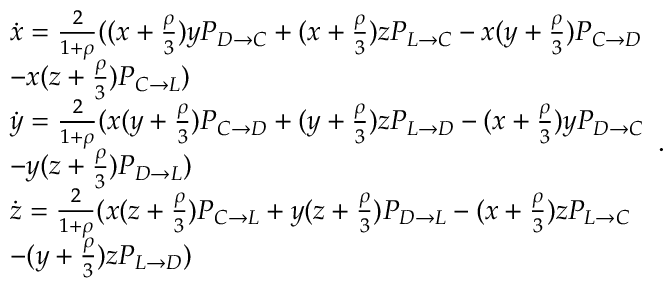
\begin{array} { l } { \dot { x } = \frac { 2 } { 1 + \rho } ( ( x + \frac { \rho } { 3 } ) y P _ { D \to C } + ( x + \frac { \rho } { 3 } ) z P _ { L \to C } - x ( y + \frac { \rho } { 3 } ) P _ { C \to D } } \\ { - x ( z + \frac { \rho } { 3 } ) P _ { C \to L } ) } \\ { \dot { y } = \frac { 2 } { 1 + \rho } ( x ( y + \frac { \rho } { 3 } ) P _ { C \to D } + ( y + \frac { \rho } { 3 } ) z P _ { L \to D } - ( x + \frac { \rho } { 3 } ) y P _ { D \to C } } \\ { - y ( z + \frac { \rho } { 3 } ) P _ { D \to L } ) } \\ { \dot { z } = \frac { 2 } { 1 + \rho } ( x ( z + \frac { \rho } { 3 } ) P _ { C \to L } + y ( z + \frac { \rho } { 3 } ) P _ { D \to L } - ( x + \frac { \rho } { 3 } ) z P _ { L \to C } } \\ { - ( y + \frac { \rho } { 3 } ) z P _ { L \to D } ) } \end{array} .